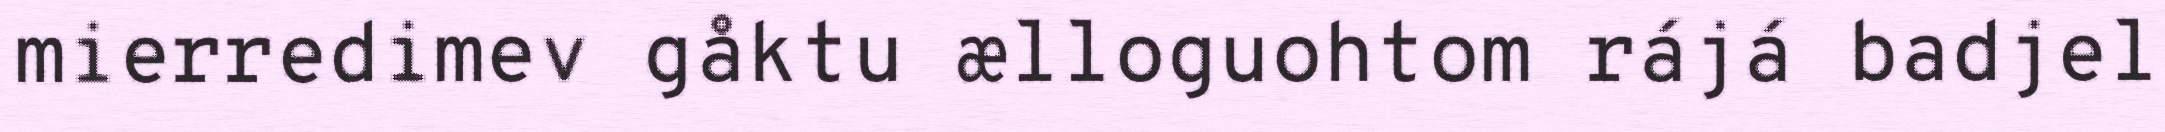
mierredimev gåktu ælloguohtom rájá badjel